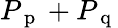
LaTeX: P_{\mathrm{~p~}}+P_{\mathrm{~q~}}